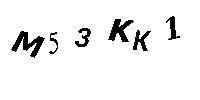
M53KK1